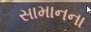
સામાનના